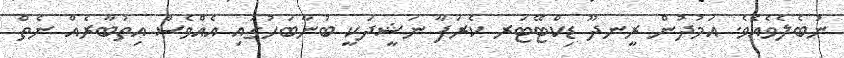
ނުބެލެވެއެވެ. އަމުދުން ރީނދޫ ޑިކްޓޭޓަރ ކެރަފާ ނަޝީދަކީ ބުނާބަހުގައި އެއްވެސް އިތުބާރެއް ނެތް